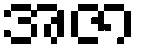
အဇာ